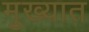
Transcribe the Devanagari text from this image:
मुख्यात